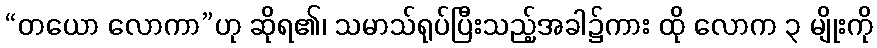
“တယော လောကာ”ဟု ဆိုရ၏၊ သမာသ်ရုပ်ပြီးသည့်အခါ၌ကား ထို လောက ၃ မျိုးကို